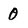
Character: 0